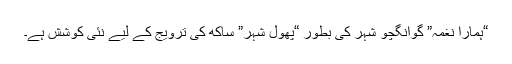
“ہمارا نغمہ” گوانگچو شہر کی بطور “پھول شہر” ساکھ کی ترویج کے لیے نئی کوشش ہے۔